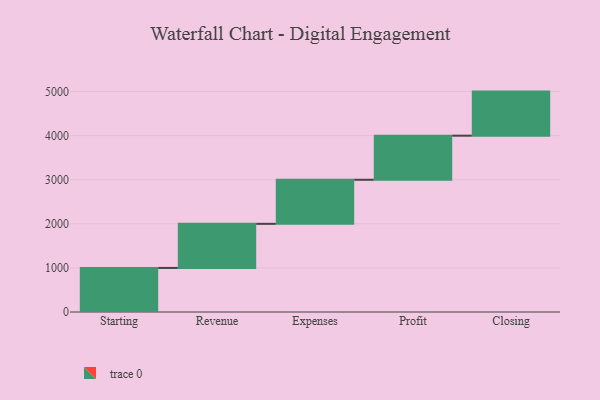
{"axis": {"x": "Step", "y": "Value"}, "legend": [""], "data": [{"x": "Starting", "y": 1000, "type": ""}, {"x": "Revenue", "y": 1000, "type": ""}, {"x": "Expenses", "y": 1000, "type": ""}, {"x": "Profit", "y": 1000, "type": ""}, {"x": "Closing", "y": 1000, "type": ""}]}